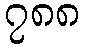
၇၈၈